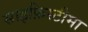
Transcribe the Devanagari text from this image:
साइफ़िस्टीमा